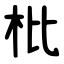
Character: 枇